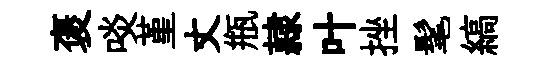
褒啖堇丈瓶隷叶挫髦縞